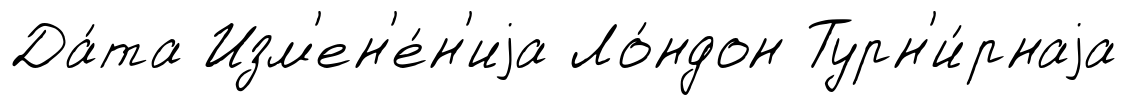
Да́та Изм'ен'е́н'иjа Ло́ндон Турн'и́рнаjа